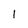
Character: 1